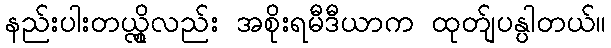
နည်းပါးတယ္လို့လည်း အစိုးရမီဒီယာက ထုတ်ျပန္ပါတယ်။